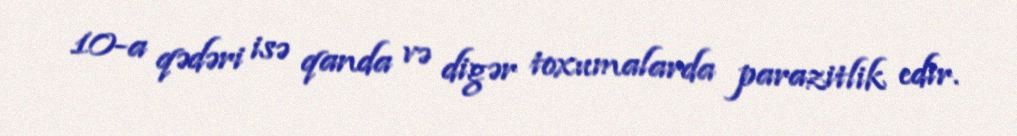
10-a qədəri isə qanda və digər toxumalarda parazitlik edir.